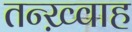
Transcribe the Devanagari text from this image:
तन्ख़्वाह